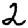
Digit: 2